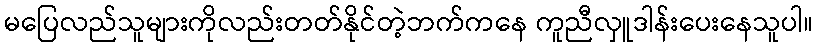
မပြေလည်သူများကိုလည်းတတ်နိုင်တဲ့ဘက်ကနေ ကူညီလှူဒါန်းပေးနေသူပါ။